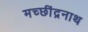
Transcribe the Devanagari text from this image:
मच्छींद्रनाथ